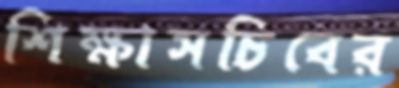
শিক্ষাসচিবের